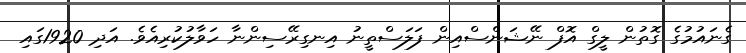
ގެނައުމުގެ ގޮތުން ލީގް އޮފް ނޭޝަންސްއިން ފަލަސްތީނު އިނގިރޭސިންނާ ހަވާލުކުރިއެވެ. އަދި 1920ގައި